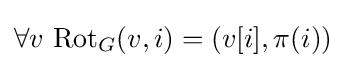
\forall v\ \mathrm {Rot} _{G}(v,i)=(v[i],\pi (i))